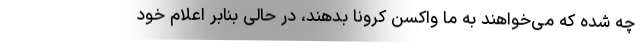
چه شده که می‌خواهند به ما واکسن کرونا بدهند، در حالی بنابر اعلام خود